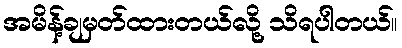
အမိန့်ချမှတ်ထားတယ်လို့ သိရပါတယ်။